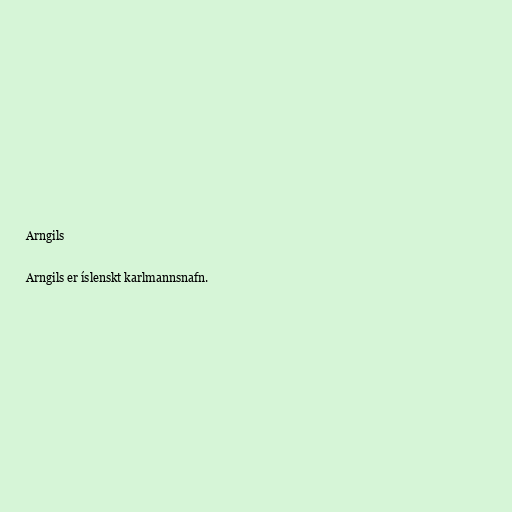
Arngils

Arngils er íslenskt karlmannsnafn.